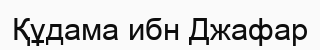
Құдама ибн Джафар